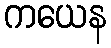
ကယေန